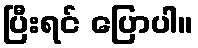
ပြီးရင် ပြောပါ။